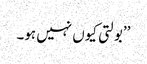
’’بولتی کیوں نہیں ہو۔